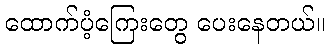
ထောက်ပံ့ကြေးတွေ ပေးနေတယ်။